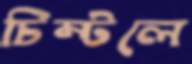
চিম্‌টলে